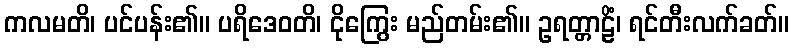
ကလမတိ၊ ပင်ပန်း၏။ ပရိဒေဝတိ၊ ငိုကြွေး မည်တမ်း၏။ ဥရတ္တာဠိံ၊ ရင်တီးလက်ခတ်။